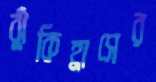
ঝুঁকিহ্রাসের